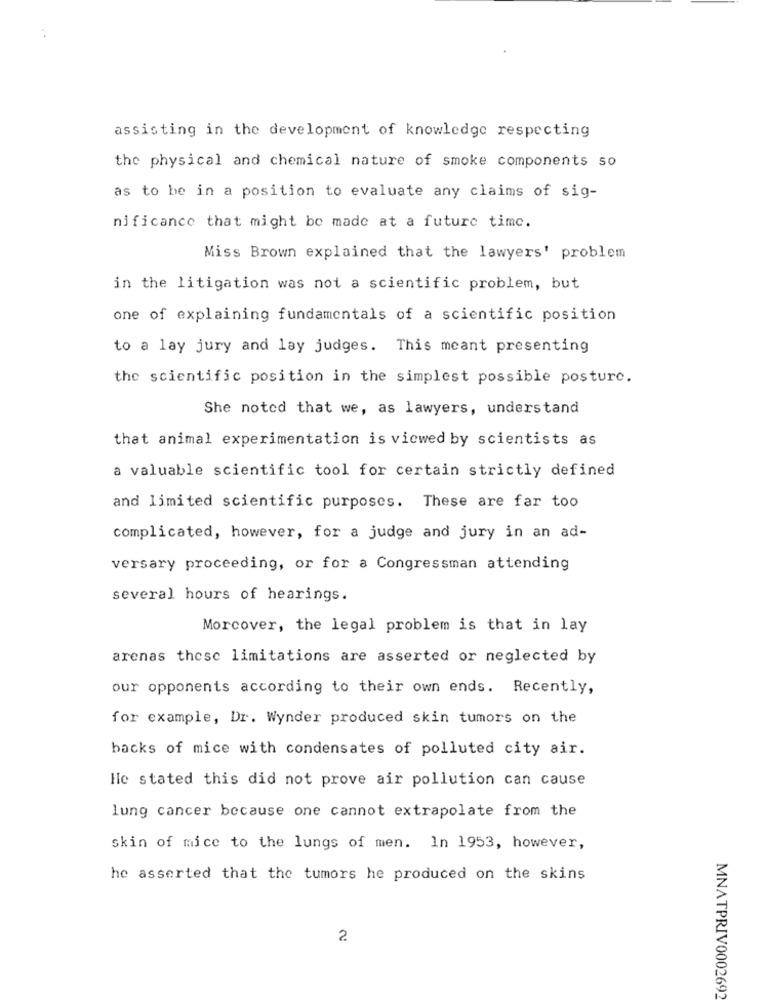
assisting in the development of knowledge respecting
the physical and chemical nature of smoke components so
as to be in a position to evaluate any claims of sig-
nificance that might be made at a future timc.
Miss Brown explained that the lawyers' problem
in the litigation was not a scientific problem, but
one of explaining fundamentals of a scientific position
to a lay jury and lay judges. This meant presenting
the scientific position in the simplest possible posturc.
She noted that we, as lawyers, understand
that animal experimentation is vicwed by scientists as
a valuable scientific tool for certain strictly defined
and limited scientific purposes. These are far too
complicated, however, for a judge and jury in an ad-
versary proceeding, or for a Congressman attending
several hours of hearings.
Morcover, the legal problem is that in lay
arenas these limitations are asserted or neglected by
our opponents according to their own ends. Recently,
for example, Dr. Wynder produced skin tumors on the
backs of mice with condensates of polluted city air.
He stated this did not prove air pollution can cause
lung cancer because one cannot extrapolate from the
skin of mice to the lungs of men. In 1953, however,
he asserted that the tumors he produced on the skins
2
MNATPRIV0002692